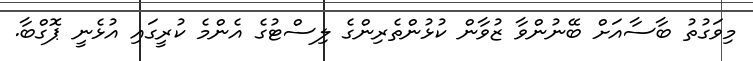
މިވަގުތު ބާސާއަށް ބޭނުންވާ ޒުވާން ކުޅުންތެރިންގެ ލިސްޓުގެ އެންމެ ކުރީގައި އުޅެނީ ޕޮގްބާ.